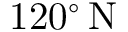
1 2 0 ^ { \circ } \, \mathrm { N }